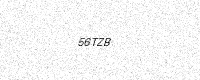
Text: 56TZB